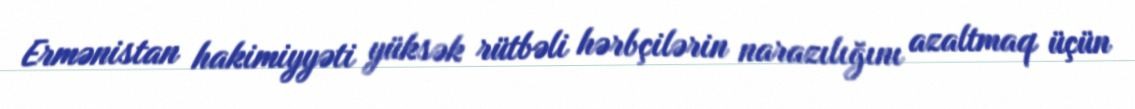
Ermənistan hakimiyyəti yüksək rütbəli hərbçilərin narazılığını azaltmaq üçün